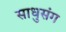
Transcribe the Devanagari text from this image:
साधुसंग